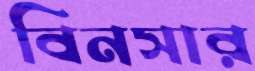
বিনসার